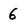
Character: 6